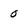
Character: 0